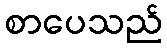
စာပေသည်